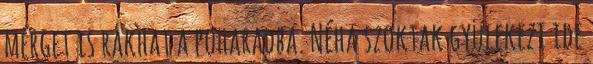
mérget is rakhat a poharadba. Néha szoktak gyülekezi ide